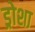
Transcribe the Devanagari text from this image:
ड्रोशा